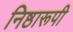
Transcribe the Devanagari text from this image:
निष्ठारूपी